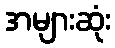
အများဆုံး